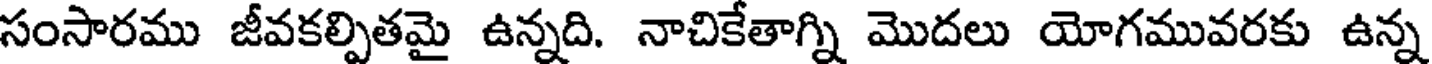
సంసారము జీవకల్పితమై ఉన్నది. నాచికేతాగ్ని మొదలు యోగమువరకు ఉన్న